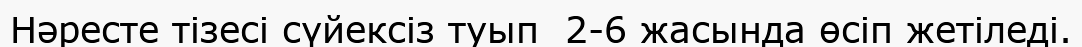
Нәресте тізесі сүйексіз туып  2-6 жасында өсіп жетіледі.